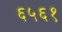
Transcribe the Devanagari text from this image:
६५६१